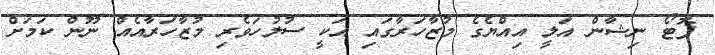
ފޮޓޯ ނިޝާން އަލީ އިއްޔެގެ މުޒާހަރާގައި އަކީ ސުލުހަވެރި މުޒާހަރާއެއް ނޫން ކަމަށް